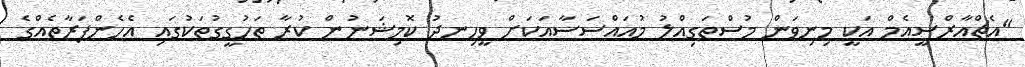
"އެޗްއާރްސީއެމް އަކީ މިނިވަން މުސްތަގިއްލު މުއައްސަސާއަކަށް ވީހިނދު ކޮމިޝަނުން ކުރާ ތަހުގީގުތަކުގައި އެހެންފަރާތެއްގެ